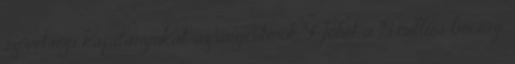
szövetségi kapitányukat az argentinok 5Jöhet a 15 milliós bírság,